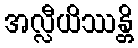
အလ္လီယိဿန္တိ